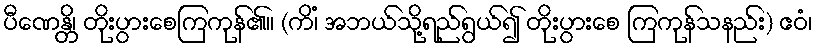
ပီဏေန္တိ၊ တိုးပွားစေကြကုန်၏။ (ကိံ၊ အဘယ်သို့ရည်ရွယ်၍ တိုးပွားစေ ကြကုန်သနည်း) ဧဝံ၊